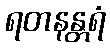
ရတနန္တရံ